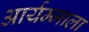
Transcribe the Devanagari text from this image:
आर्यम्माला